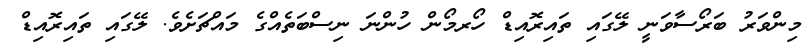
މިންވަރު ބަރޯސާވަނީ ލޭގައި ތައިރޮއިޑް ހޯރމޯން ހުންނަ ނިސްބަތެއްގެ މައްޗަށެވެ. ލޭގައި ތައިރޮއިޑް